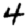
Digit: 4